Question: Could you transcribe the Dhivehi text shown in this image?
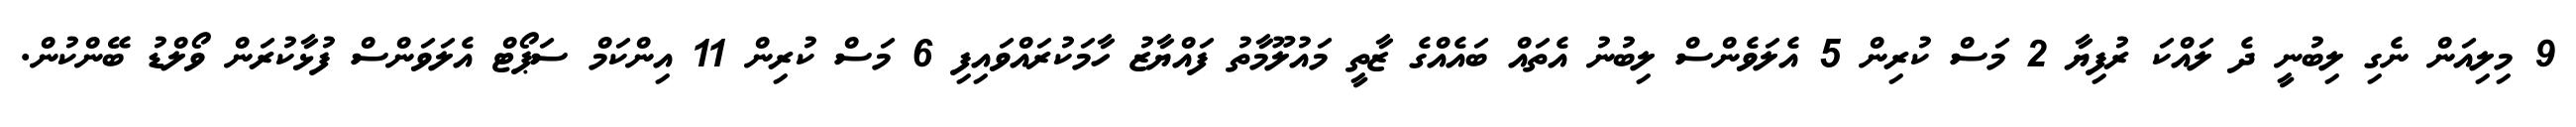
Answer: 9 މިލިއަން ނެގި ލިބުނީ ދެ ލައްކަ ރުފިޔާ 2 މަސް ކުރިން 5 އެލަވެންސް ލިބުނު އެތައް ބައެއްގެ ޒާތީ މައުލޫމާތު ފައްޔާޒު ހާމަކުރައްވައިފި 6 މަސް ކުރިން 11 އިންކަމް ސަޕޯޓް އެލަވަންސް ފުޅާކުރަން ވޯލްޑު ބޭންކުން.